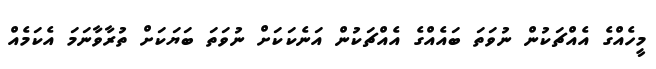
މީހެއްގެ އެއްޗަކުން ނުވަތަ ބައެއްގެ އެއްޗަކުން އަނެކަކަށް ނުވަތަ ބަޔަކަށް ތުރާވާނަމަ އެކަމެއް